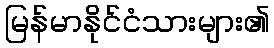
မြန်မာနိုင်ငံသားများ၏